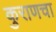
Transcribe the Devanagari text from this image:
कुराणचा